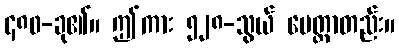
၄၈၀-ခု၏။ ဤကား ၅၂၈-သွယ် မေတ္တာတည်း။